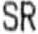
SR